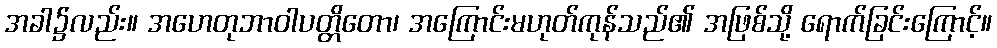
အခါ၌လည်း။ အဟေတုဘာဝါပတ္တိတော၊ အကြောင်းမဟုတ်ကုန်သည်၏ အဖြစ်သို့ ရောက်ခြင်းကြောင့်။